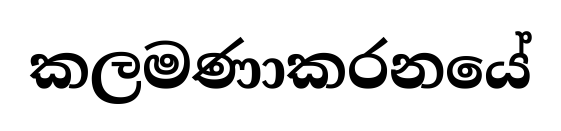
කලමණාකරනයේ